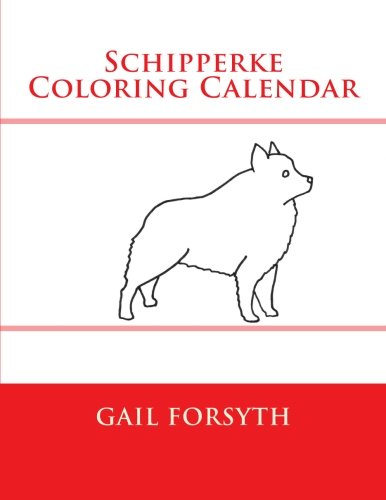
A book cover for Schipperke Coloring Calendar; Gail Forsyth; Calendars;